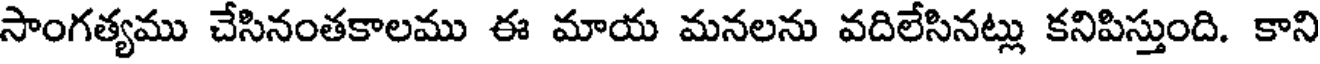
సాంగత్యము చేసినంతకాలము ఈ మాయ మనలను వదిలేసినట్లు కనిపిస్తుంది. కాని